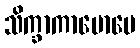
သိက္ခာကာမောပေ